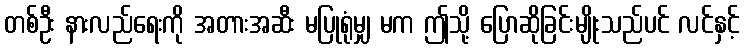
တစ်ဦး နားလည်ရေးကို အတားအဆီး မပြုရုံမျှ မက ဤသို့ ပြောဆိုခြင်းမျိုးသည်ပင် လင်နှင့်